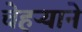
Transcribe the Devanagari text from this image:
चेहऱ्याने